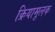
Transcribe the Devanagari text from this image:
क्रियामूलक